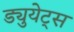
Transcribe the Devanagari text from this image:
ड्युयेट्स